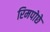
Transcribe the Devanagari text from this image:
रिमपोछे